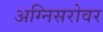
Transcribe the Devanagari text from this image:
अग्निसरोवर